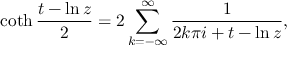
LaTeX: \coth { \frac { t - \ln z } { 2 } } = 2 \sum _ { k = - \infty } ^ { \infty } { \frac { 1 } { 2 k \pi i + t - \ln z } } ,